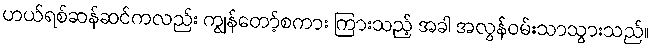
ဟယ်ရစ်ဆန်ဆင်ကလည်း ကျွန်တော့်စကား ကြားသည့် အခါ အလွန်ဝမ်းသာသွားသည်။